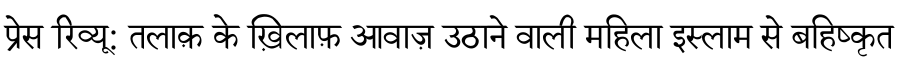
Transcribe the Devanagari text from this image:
प्रेस रिव्यू: तलाक़ के ख़िलाफ़ आवाज़ उठाने वाली महिला इस्लाम से बहिष्कृत